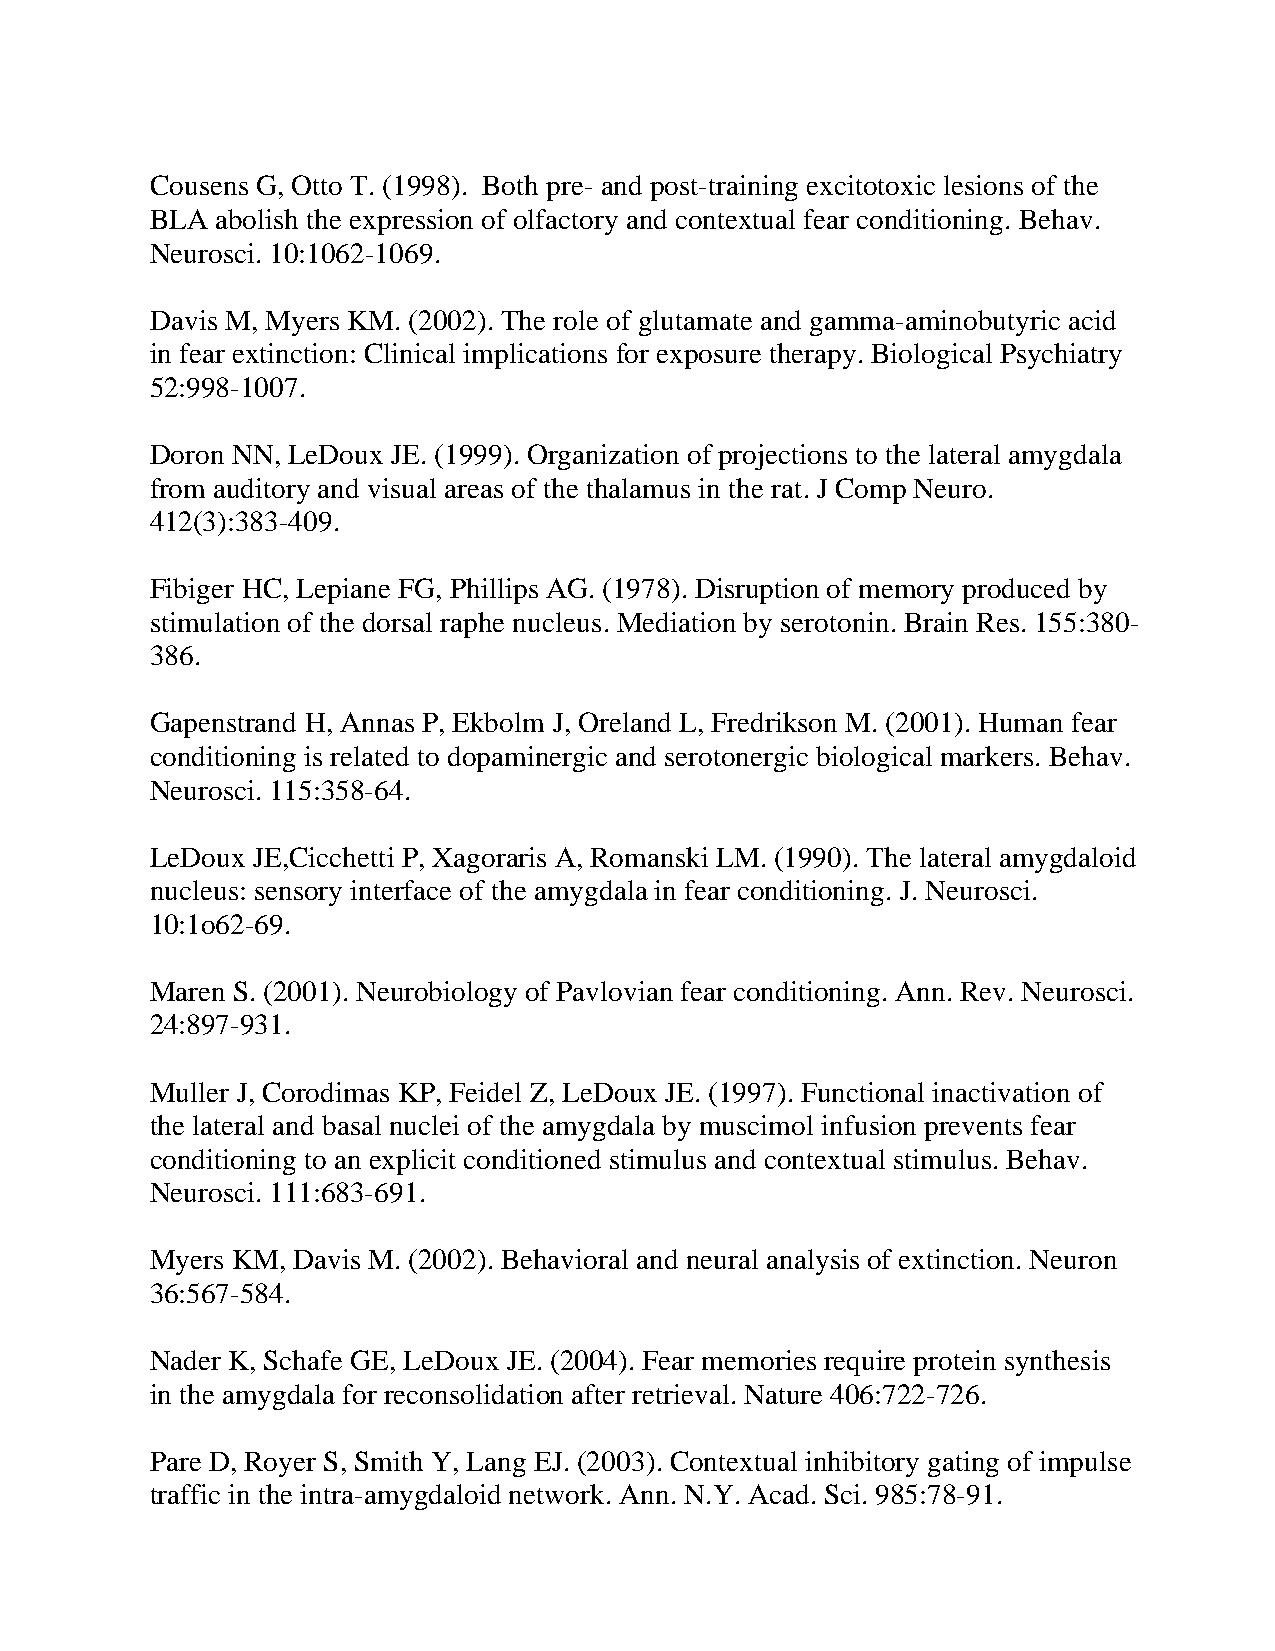
Cousens G, Otto T. (1998). Both pre- and post-training excitotoxic lesions of the
 BLA abolish the expression of olfactory and contextual fear conditioning. Behav.
 Neurosci. 10:1062-1069.
 Davis M, Myers KM. (2002). The role of glutamate and gamma-aminobutyric acid
 in fear extinction: Clinical implications for exposure therapy. Biological Psychiatry
 52:998-1007.
 Doron NN, LeDoux JE. (1999). Organization of projections to the lateral amygdala
 from auditory and visual areas of the thalamus in the rat. J Comp Neuro.
 412(3):383-409.
 Fibiger HC, Lepiane FG, Phillips AG. (1978). Disruption of memory produced by
 stimulation of the dorsal raphe nucleus. Mediation by serotonin. Brain Res. 155:380-
 386.
 Gapenstrand H, Annas P, Ekbolm J, Oreland L, Fredrikson M. (2001). Human fear
 conditioning is related to dopaminergic and serotonergic biological markers. Behav.
 Neurosci. 115:358-64.
 LeDoux JE,Cicchetti P, Xagoraris A, Romanski LM. (1990). The lateral amygdaloid
 nucleus: sensory interface of the amygdala in fear conditioning. J. Neurosci.
 10:1o62-69.
 Maren S. (2001). Neurobiology of Pavlovian fear conditioning. Ann. Rev. Neurosci.
 24:897-931.
 Muller J, Corodimas KP, Feidel Z, LeDoux JE. (1997). Functional inactivation of
 the lateral and basal nuclei of the amygdala by muscimol infusion prevents fear
 conditioning to an explicit conditioned stimulus and contextual stimulus. Behav.
 Neurosci. 111:683-691.
 Myers KM, Davis M. (2002). Behavioral and neural analysis of extinction. Neuron
 36:567-584.
 Nader K, Schafe GE, LeDoux JE. (2004). Fear memories require protein synthesis
 in the amygdala for reconsolidation after retrieval. Nature 406:722-726.
 Pare D, Royer S, Smith Y, Lang EJ. (2003). Contextual inhibitory gating of impulse
 traffic in the intra-amygdaloid network. Ann. N.Y. Acad. Sci. 985:78-91.